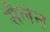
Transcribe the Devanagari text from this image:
सैलन